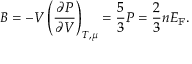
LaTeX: B = - V \left( { \frac { \partial P } { \partial V } } \right) _ { T , \mu } = { \frac { 5 } { 3 } } P = { \frac { 2 } { 3 } } n E _ { \mathrm { { F } } } .